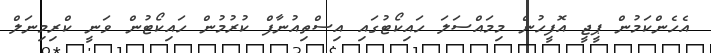
އެހެންކަމުން ޕީޖީ އޮފީހުން މިމައްސަލަ ހައިކޯޓުގައި އިސްތިއުނާފް ކުރުމުން ހައިކޯޓުން ވަނީ ކްރިމިނަލް